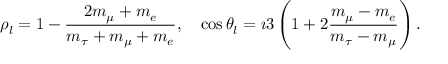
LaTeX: \rho _ { l } = 1 - { \frac { 2 m _ { \mu } + m _ { e } } { m _ { \tau } + m _ { \mu } + m _ { e } } } , \quad \cos \theta _ { l } = \i 3 \left( 1 + 2 { \frac { m _ { \mu } - m _ { e } } { m _ { \tau } - m _ { \mu } } } \right) .